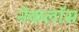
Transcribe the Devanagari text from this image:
नेकलॉस